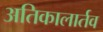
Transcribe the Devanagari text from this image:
अतिकालार्तव